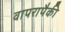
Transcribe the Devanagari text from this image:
वापरापैकी